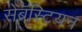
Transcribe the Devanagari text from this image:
सेबॅस्टियन